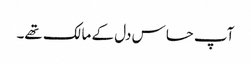
آپ حساس دل کے مالک تھے۔